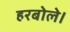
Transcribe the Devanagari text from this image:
हरबोले।